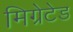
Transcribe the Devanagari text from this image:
मिग्रेटेड